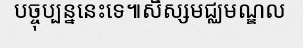
បច្ចុប្បន្ននេះទេ៕សិស្សមជ្ឈមណ្ឌល